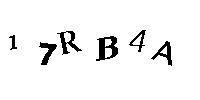
17RB4A